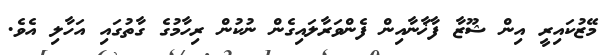
މޭޒުކައިރީ އިން ޝޫޒާ ފާޚާނާއިން ފެންވަރާލައިގެން ނުކުން ރިހާމުގެ ގާތުގައި އަހާލި އެވެ.